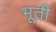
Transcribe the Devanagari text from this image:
भूती